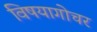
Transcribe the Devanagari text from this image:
विषयागोचर